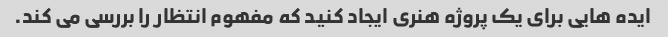
ایده هایی برای یک پروژه هنری ایجاد کنید که مفهوم انتظار را بررسی می کند.